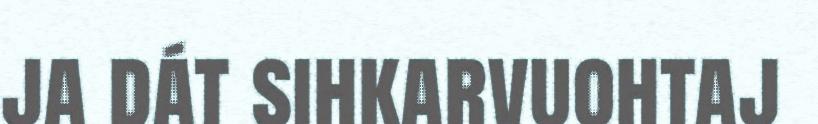
ja dát sihkarvuohtaj